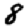
Digit: 8